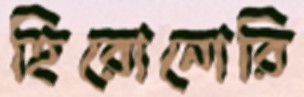
হিরোনোরি